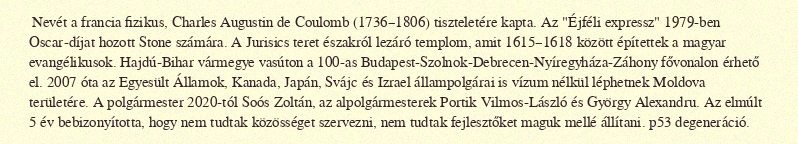
Nevét a francia fizikus, Charles Augustin de Coulomb (1736–1806) tiszteletére kapta. Az "Éjféli expressz" 1979-ben Oscar-díjat hozott Stone számára. A Jurisics teret északról lezáró templom, amit 1615–1618 között építettek a magyar evangélikusok. Hajdú-Bihar vármegye vasúton a 100-as Budapest-Szolnok-Debrecen-Nyíregyháza-Záhony fővonalon érhető el. 2007 óta az Egyesült Államok, Kanada, Japán, Svájc és Izrael állampolgárai is vízum nélkül léphetnek Moldova területére. A polgármester 2020-tól Soós Zoltán, az alpolgármesterek Portik Vilmos-László és György Alexandru. Az elmúlt 5 év bebizonyította, hogy nem tudtak közösséget szervezni, nem tudtak fejlesztőket maguk mellé állítani. p53 degeneráció.